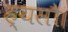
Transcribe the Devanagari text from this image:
ह्यसौ।